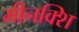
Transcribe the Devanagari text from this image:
मीनक्शि